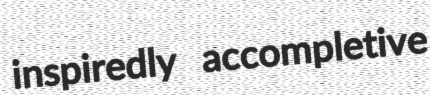
inspiredly accompletive